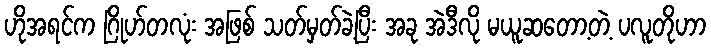
ဟိုအရင်က ဂြိုဟ်တလုံး အဖြစ် သတ်မှတ်ခဲ့ပြီး အခု အဲဒီလို မယူဆတော့တဲ့ ပလူတိုဟာ